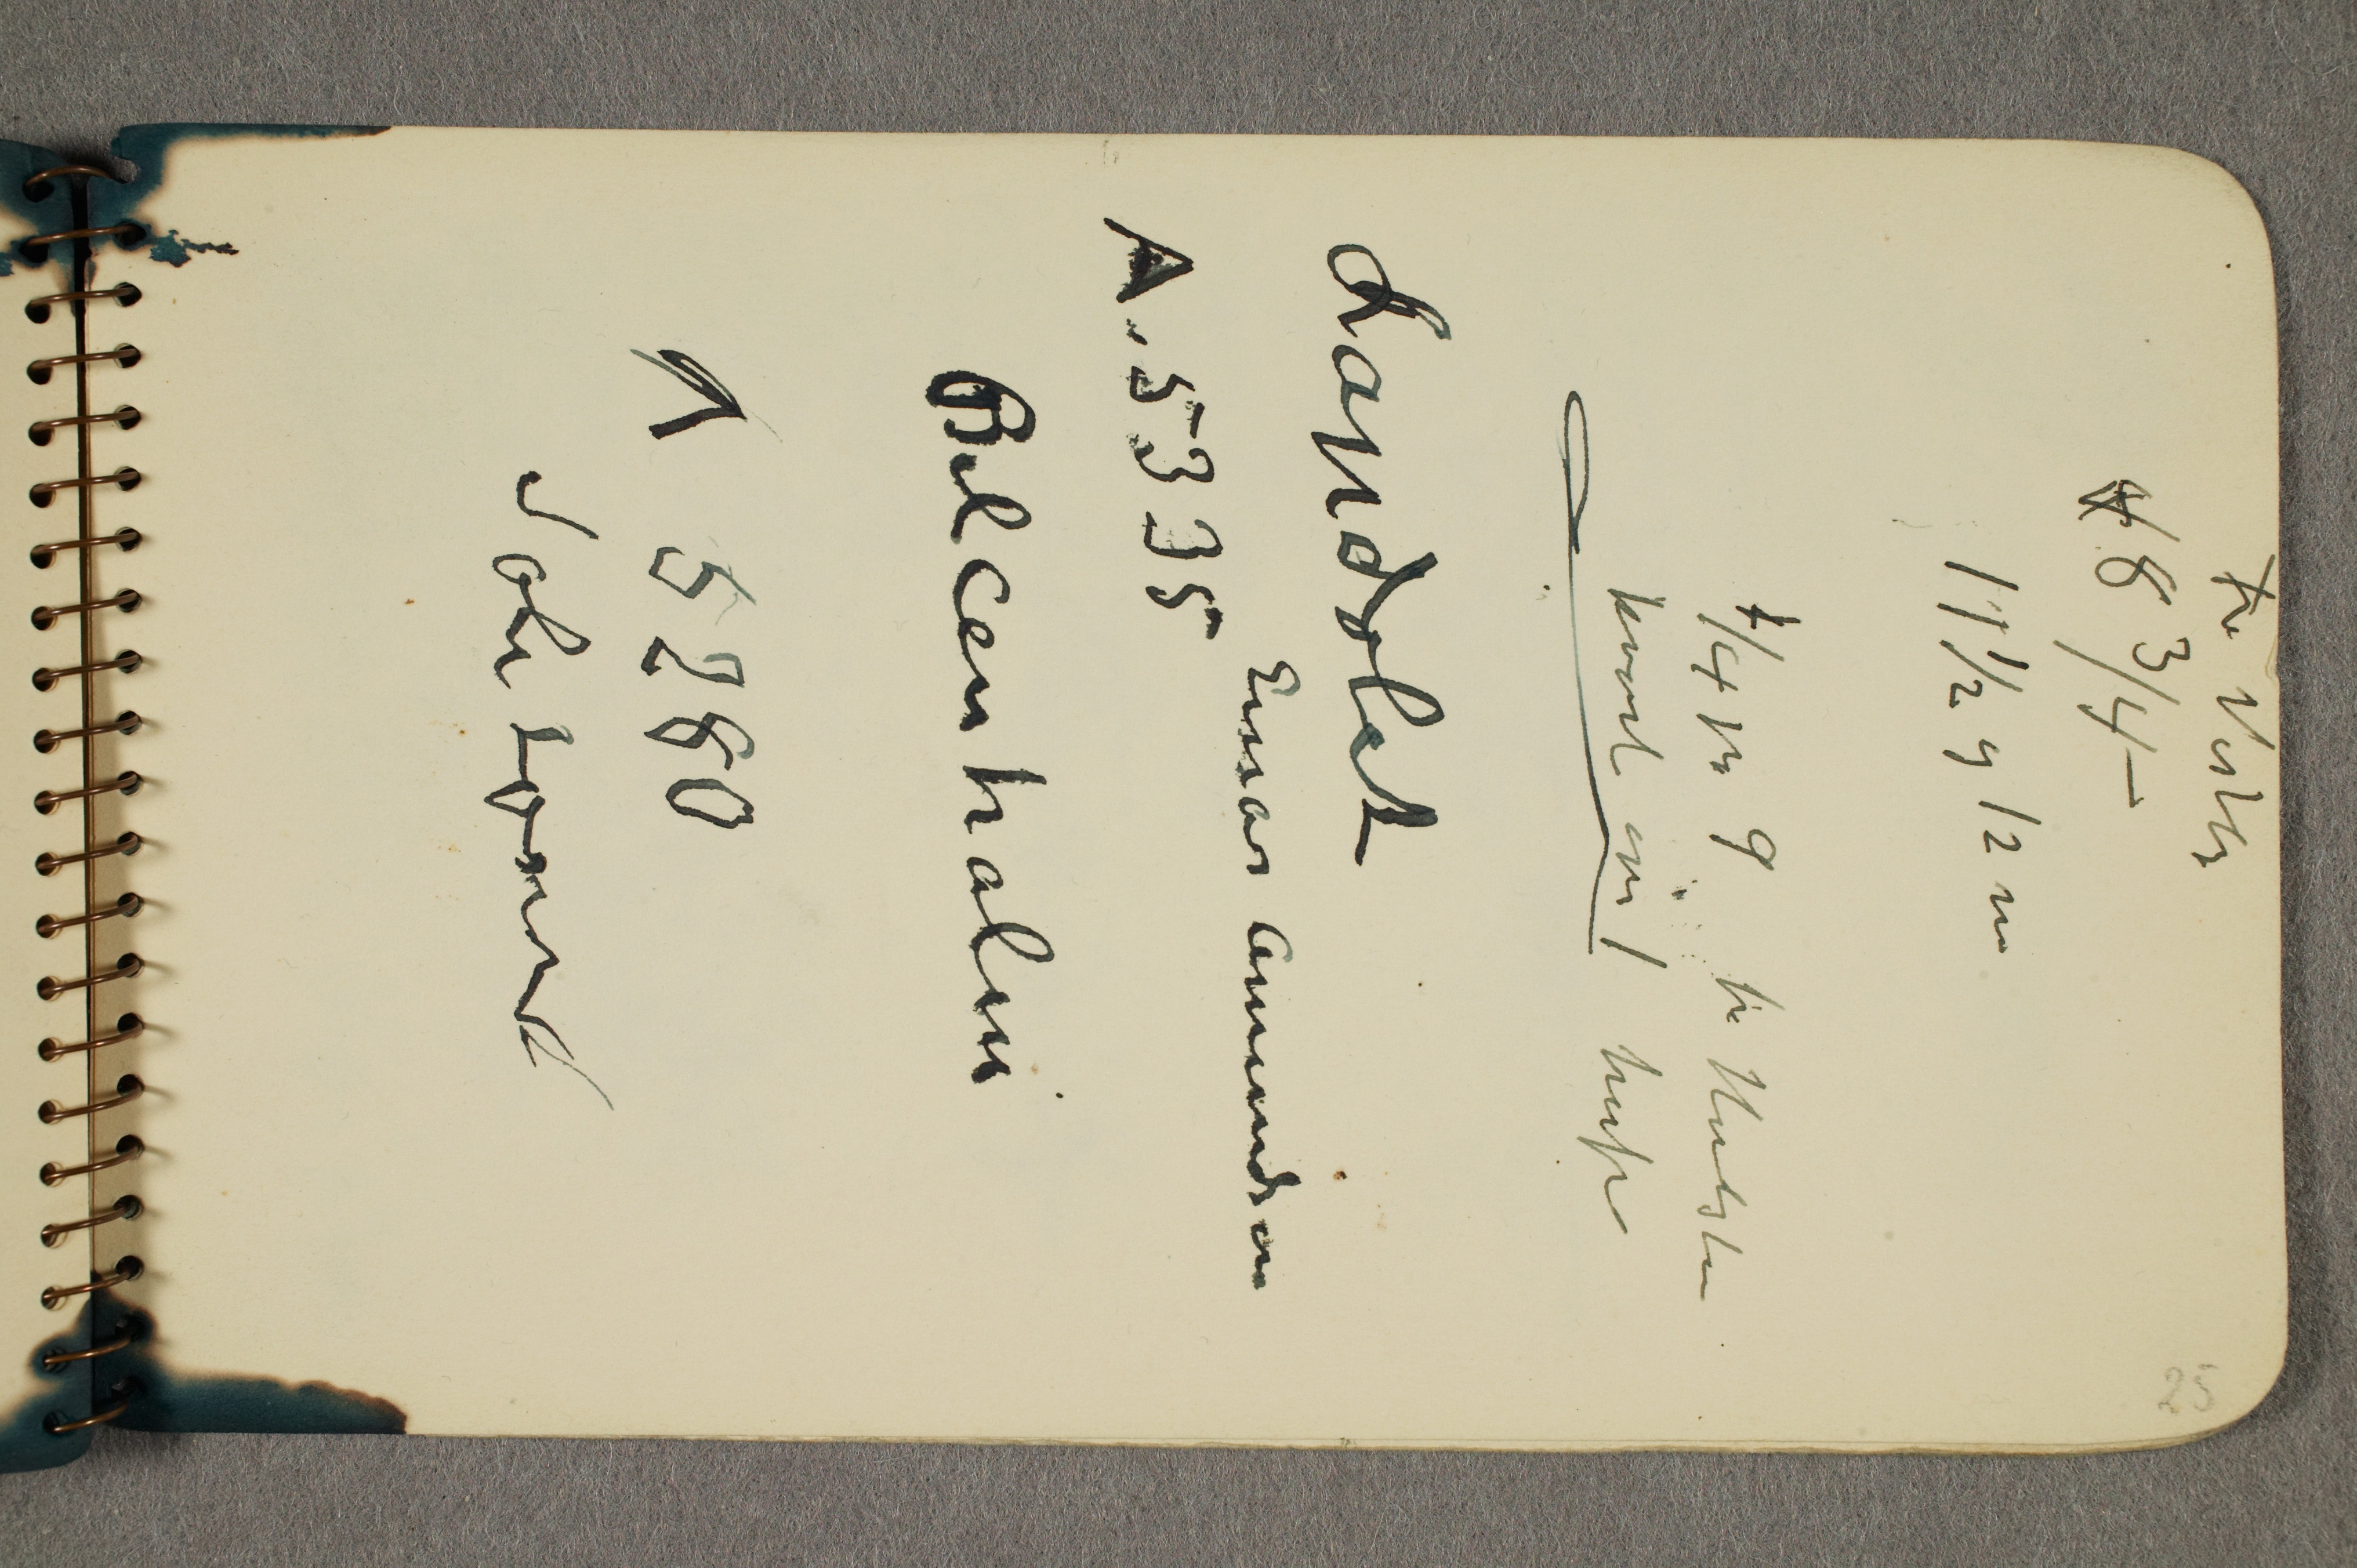
Fra Vestby
4 8 ¾ –
11 ½ og 12m
¼ på 9 til Hvitsten
kvart over 1 herfra

Landolet
Einar Amundsen
A 5335
Bilcentralen
A 5280
Sole ...